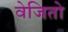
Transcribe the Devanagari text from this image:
वेजितो